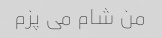
من شام می پزم